Indian journal of veterinary science and animal husbandry - Volumes 18-21, 1948-1951
Year: 1948
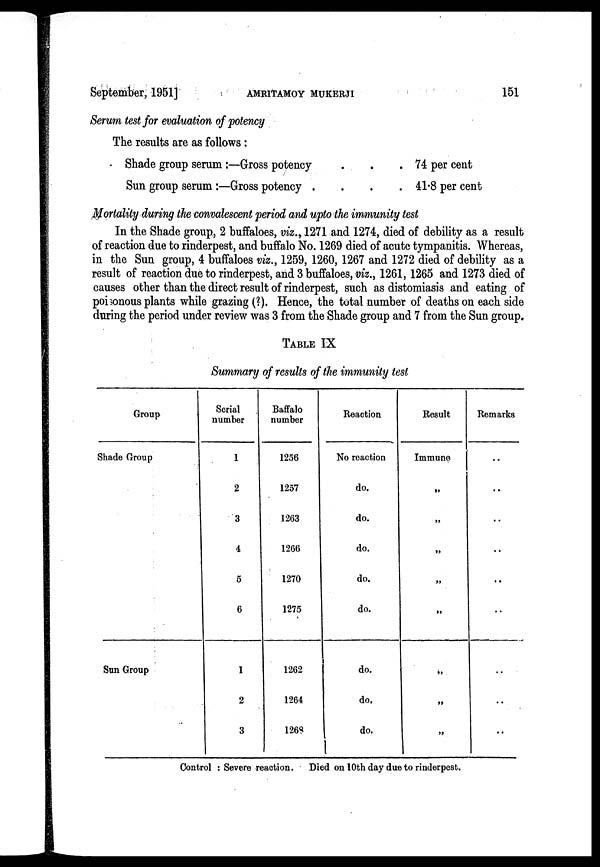
September, 1951]
AMRITAMOY
MUKHERJI
151
Serum test for evaluation of potency
The results are as follows:
Shade group serum:—Gross potency . . .
Sun group serum :—Gross potency . . . .
74 per cent
41.8 per cent
Mortality during the convalescent period and upto the immunity test
In the Shade group, 2 buffaloes, viz., 1271 and 1274, died of debility as a result
of reaction due to rinderpest, and buffalo No. 1269 died of acute tympanitis. Whereas,
in the Sun group, 4 buffaloes viz., 1259, 1260, 1267 and 1272 died of debility as a
result of reaction due to rinderpest, and 3 buffaloes, viz., 1261, 1265 and 1273 died of
causes other than the direct result of rinderpest, such as distomiasis and eating of
poisonous plants while grazing (?). Hence, the total number of deaths on each side
during the period under review was 3 from the Shade group and 7 from the Sun group.
TABLE IX
Summary of results of the immunity test
Group
Shade Group
Sun Group
Serial
number
1
2
3
4
5
6
1
2
3
Baffalo
number
1256
1257
1263
1266
1270
1275
1262
1264
1268
Reaction
No reaction
do.
do.
do.
do.
do.
do.
do.
do.
Result
Immune
„
„
„
„
„
„
„
„
Remarks
..
..
..
..
..
..
..
..
..
Control : Severe reaction.
Died on 10th day due to rinderpest.